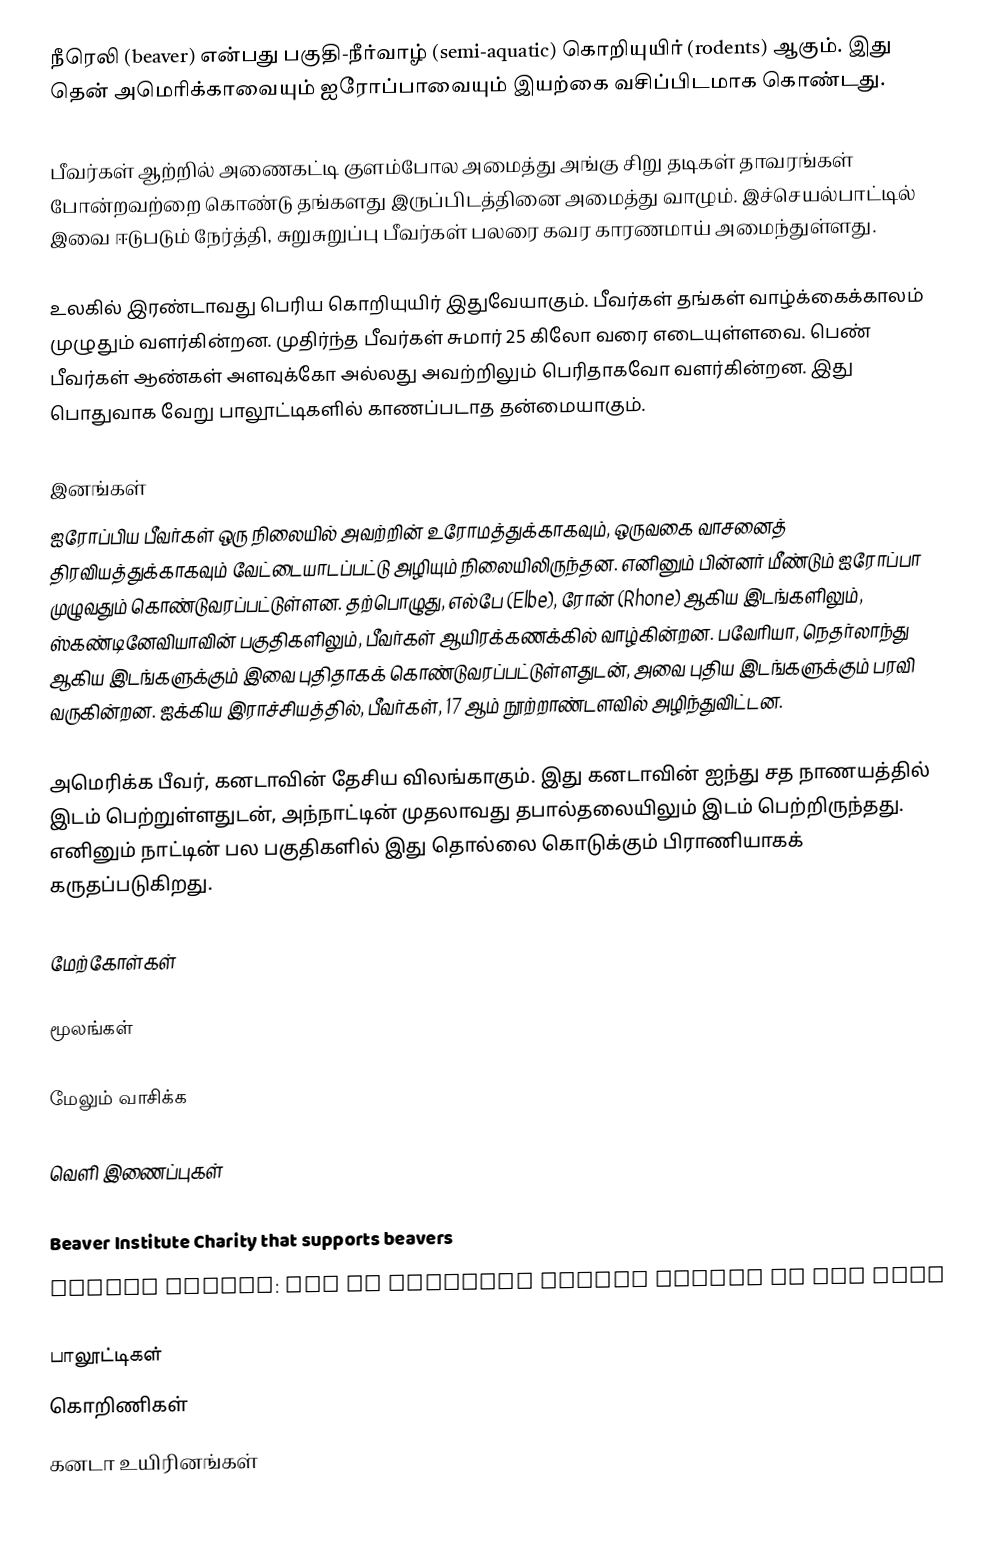
நீரெலி (beaver) என்பது பகுதி-நீர்வாழ் (semi-aquatic) கொறியுயிர் (rodents) ஆகும். இது தென் அமெரிக்காவையும் ஐரோப்பாவையும் இயற்கை வசிப்பிடமாக கொண்டது.

பீவர்கள் ஆற்றில் அணைகட்டி குளம்போல அமைத்து அங்கு சிறு தடிகள் தாவரங்கள் போன்றவற்றை கொண்டு தங்களது இருப்பிடத்தினை அமைத்து வாழும். இச்செயல்பாட்டில் இவை ஈடுபடும் நேர்த்தி, சுறுசுறுப்பு பீவர்கள் பலரை கவர காரணமாய் அமைந்துள்ளது.

உலகில் இரண்டாவது பெரிய கொறியுயிர் இதுவேயாகும். பீவர்கள் தங்கள் வாழ்க்கைக்காலம் முழுதும் வளர்கின்றன. முதிர்ந்த பீவர்கள் சுமார் 25 கிலோ வரை எடையுள்ளவை. பெண் பீவர்கள் ஆண்கள் அளவுக்கோ அல்லது அவற்றிலும் பெரிதாகவோ வளர்கின்றன. இது பொதுவாக வேறு பாலூட்டிகளில் காணப்படாத தன்மையாகும்.

இனங்கள்
ஐரோப்பிய பீவர்கள் ஒரு நிலையில் அவற்றின் உரோமத்துக்காகவும், ஒருவகை வாசனைத் திரவியத்துக்காகவும் வேட்டையாடப்பட்டு அழியும் நிலையிலிருந்தன. எனினும் பின்னர் மீண்டும் ஐரோப்பா முழுவதும் கொண்டுவரப்பட்டுள்ளன. தற்பொழுது, எல்பே (Elbe), ரோன் (Rhone) ஆகிய இடங்களிலும், ஸ்கண்டினேவியாவின் பகுதிகளிலும், பீவர்கள் ஆயிரக்கணக்கில் வாழ்கின்றன. பவேரியா, நெதர்லாந்து ஆகிய இடங்களுக்கும் இவை புதிதாகக் கொண்டுவரப்பட்டுள்ளதுடன், அவை புதிய இடங்களுக்கும் பரவி வருகின்றன. ஐக்கிய இராச்சியத்தில், பீவர்கள், 17 ஆம் நூற்றாண்டளவில் அழிந்துவிட்டன.

அமெரிக்க பீவர், கனடாவின் தேசிய விலங்காகும். இது கனடாவின் ஐந்து சத நாணயத்தில் இடம் பெற்றுள்ளதுடன், அந்நாட்டின் முதலாவது தபால்தலையிலும் இடம் பெற்றிருந்தது. எனினும் நாட்டின் பல பகுதிகளில் இது தொல்லை கொடுக்கும் பிராணியாகக் கருதப்படுகிறது.

மேற்கோள்கள்

மூலங்கள்

மேலும் வாசிக்க

வெளி இணைப்புகள்

 Beaver Institute Charity that supports beavers
 Beaver Tracks: How to identify beaver tracks in the wild

பாலூட்டிகள்
கொறிணிகள்
கனடா உயிரினங்கள்